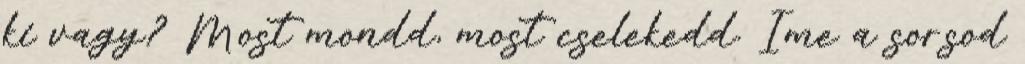
ki vagy? Most mondd, most cselekedd. Íme a sorsod